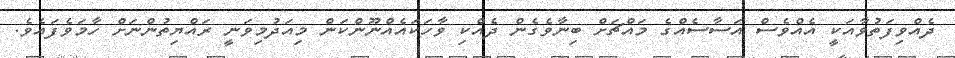
ދެއްވިފަތުވާއަކީ އެއްވެސް އަސާސެއްގެ މައްޗަށް ބިނާވެގެން ދެއްކި ވާހަކައެއްނޫންކަން މިއަދުމިވަނީ ރައްޔިތުންނަށް ހާމަވެފައެވެ.